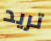
تريد